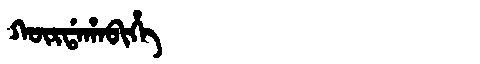
Manchu: ᡴᡡᡵᡩᠠᡥᠠᠪᡳᡥᡝ
Romanization: KŪRDAHABIHE